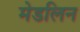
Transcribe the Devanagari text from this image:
मेडलिन